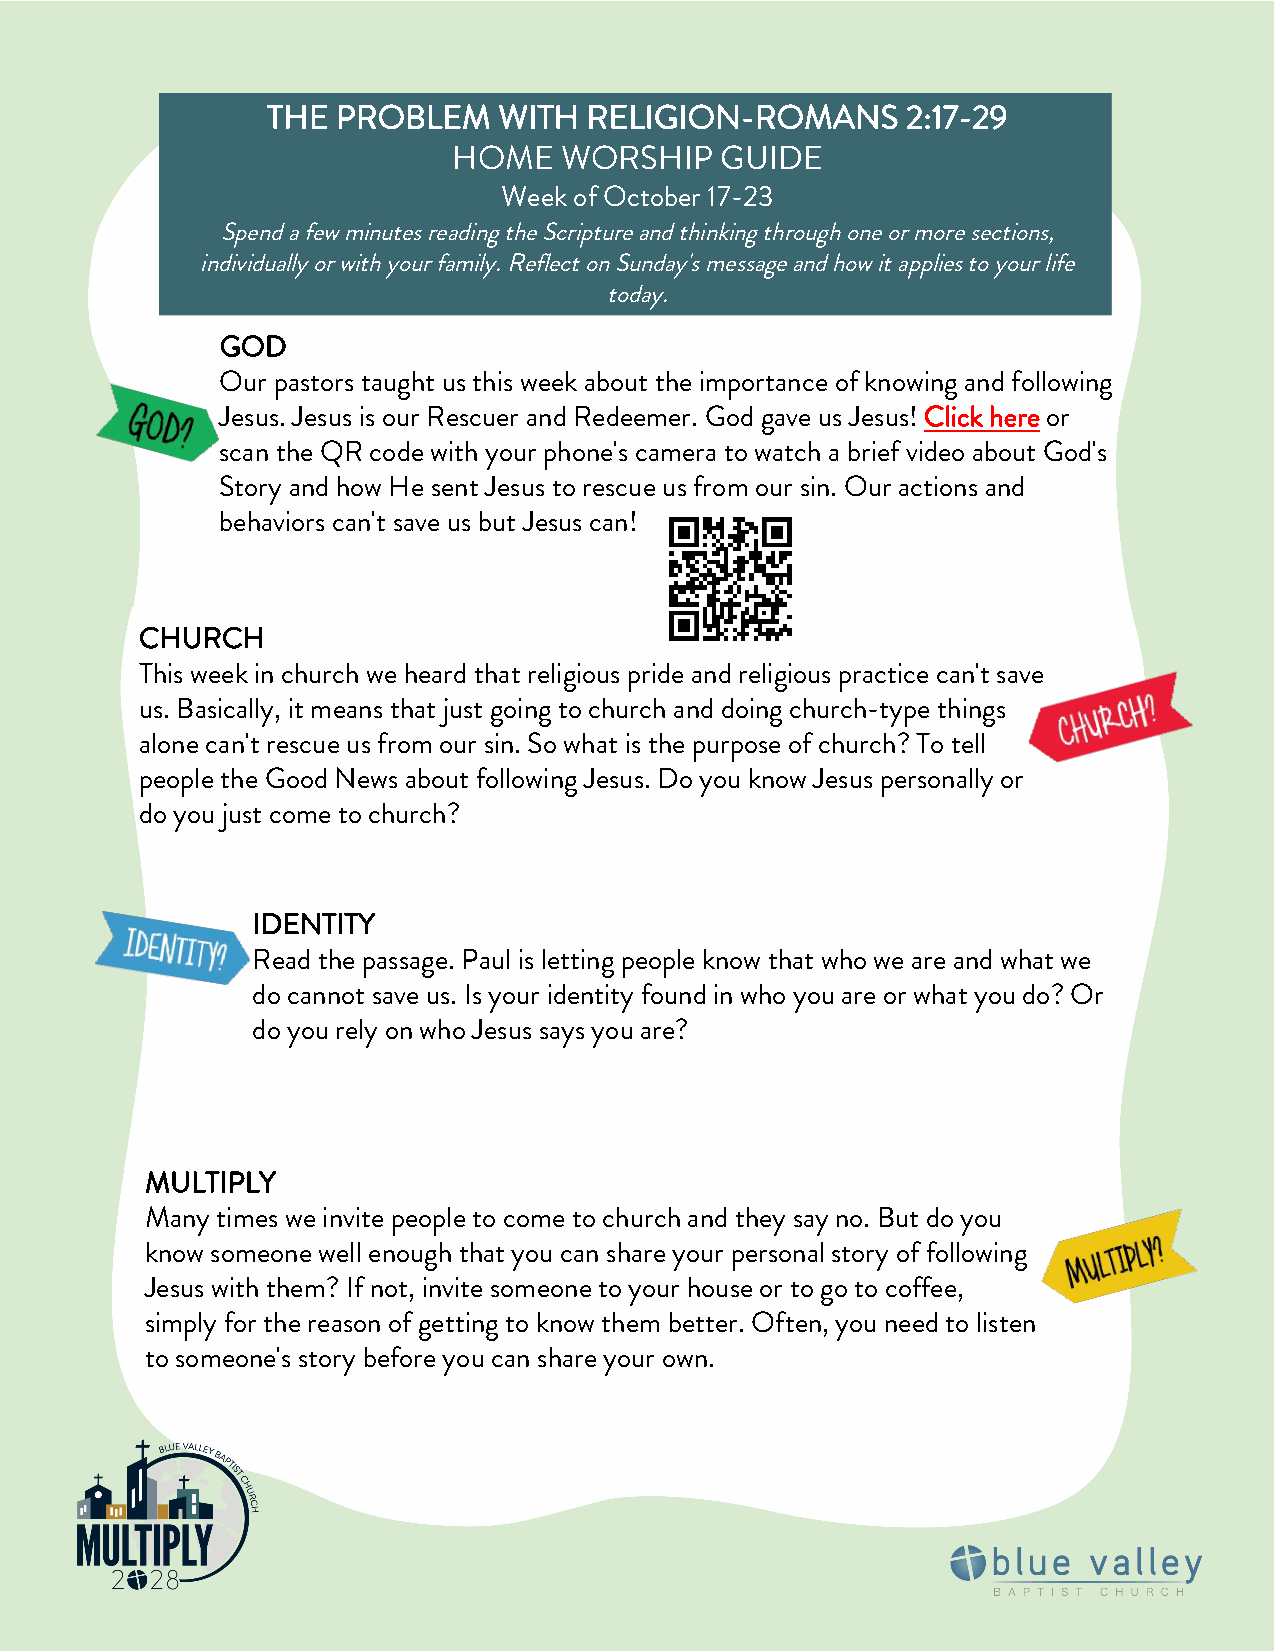
THE PROBLEM    WITH  RELIGION-ROMANS      2:17-29
 HOME   WORSHIP    GUIDE
 Week of October 17-23
 Spend a few minutes reading the Scripture and thinking through one or more sections,
 individually or with your family. Reflect on Sunday's message and how it applies to your life
 today.
 GOD
 Our pastors taught us this week about the importance of knowing and following
 Jesus. Jesus is our Rescuer and Redeemer. God gave us Jesus! Click here or
 scan the QR code with your phone's camera to watch a brief video about God's
 Story and how He sent Jesus to rescue us from our sin. Our actions and
 behaviors can't save us but Jesus can!
 CHURCH
 This week in church we heard that religious pride and religious practice can't save
 us. Basically, it means that just going to church and doing church-type things
 alone can't rescue us from our sin. So what is the purpose of church? To tell
 people the Good News about following Jesus. Do you know Jesus personally or
 do you just come to church?
 IDENTITY
 Read the passage. Paul is letting people know that who we are and what we
 do cannot save us. Is your identity found in who you are or what you do? Or
 do you rely on who Jesus says you are?
 MULTIPLY
 Many times we invite people to come to church and they say no. But do you
 know someone well enough that you can share your personal story of following
 Jesus with them? If not, invite someone to your house or to go to coffee,
 simply for the reason of getting to know them better. Often, you need to listen
 to someone's story before you can share your own.